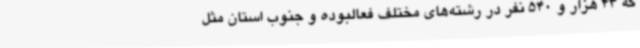
که 43 هزار و 540 نفر در رشته‌های مختلف فعالبوده و جنوب استان مثل